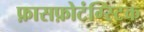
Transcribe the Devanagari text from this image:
फ़ासफ़ोटंग्स्टिक